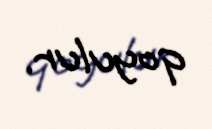
qoyulur.